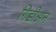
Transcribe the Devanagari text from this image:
गिडीअन